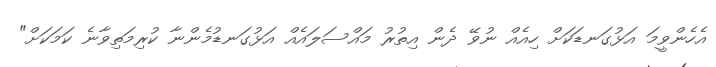
އެހެންވީމަ އަޅުގަނޑަކަށް ހިއެއް ނުވޭ ދެން އިތުރު މައްސަލައެއް އަޅުގަނޑުމެންނާ ކުރިމަތިވާނެ ކަމަކަށް"